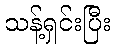
သန့်ရှင်းပြီး